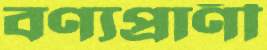
বণ্যপ্রাণী